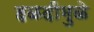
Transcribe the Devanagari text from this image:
हळदीमुळे